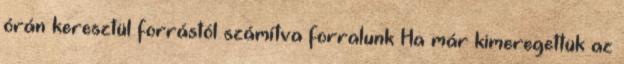
órán keresztül forrástól számítva forralunk Ha már kimeregettük az